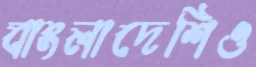
বাংলাদেশিও